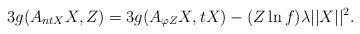
\begin{align*}3g(A_{ntX}X, Z)= 3g(A_{\varphi Z}X, tX)-(Z\ln f)\lambda\vert\vert X \vert\vert^{2}.\end{align*}